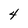
Character: 4